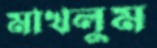
মাখলুম